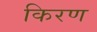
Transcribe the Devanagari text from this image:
किरण